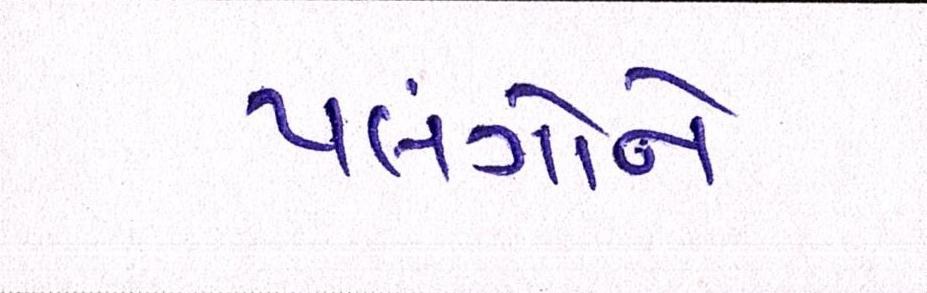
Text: પલંગોને